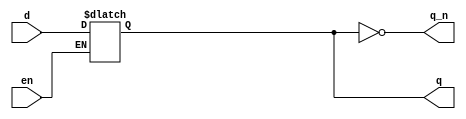
// This program was cloned from: https://github.com/sinkswim/veriloglib
// License: MIT License

module dlatch
(
    input d,
    input en,
    output reg q,
    output  q_n
);

always @*
    if(en)
        q = d;

assign q_n = ~q;

endmodule